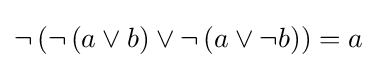
\neg \left(\neg \left(a\lor b\right)\lor \neg \left(a\lor \neg b\right)\right)=a